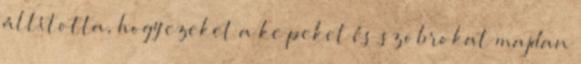
állította, hogy ezeket a ke peket és szobrokat majdan